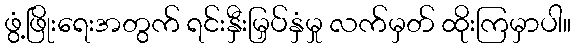
ဖွံ့ဖြိုးရေးအတွက် ရင်းနှီးမြှပ်နှံမှု လက်မှတ် ထိုးကြမှာပါ။